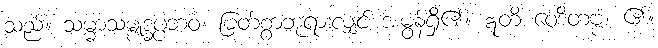
သည်။ သမ္မာသမ္ဗုဒ္ဓပ္ပဘဝံ၊ မြတ်စွာဘုရားလျှင် အမွန်ရှိ၏။ ဣတိ ဝေဒိတဗ္ဗံ၊ ၏။